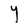
Character: Y